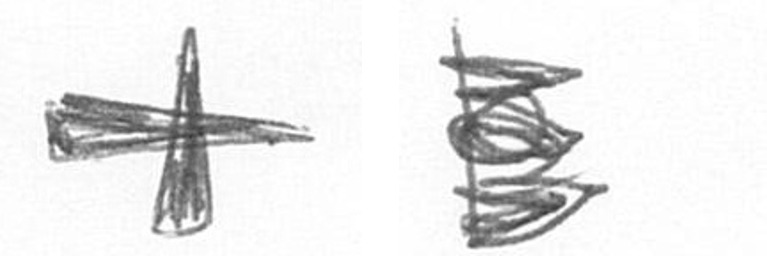
G H